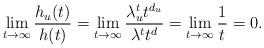
LaTeX: \begin{align*}\lim_{t\to\infty} \frac{h_u(t)}{h(t)} = \lim_{t\to\infty}\frac{\lambda_u^t t^{d_u}}{\lambda^t t^d} = \lim_{t\to\infty} \frac{1}{t} = 0.\end{align*}